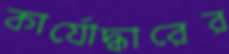
কার্যোদ্ধারের